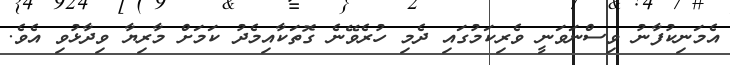
އެމަނިކުފާނު ވިސްނަވަނީ ވެރިކަމުގައި ދެމި ހުރެވޭނެ ގޮތަކާއިމެދު ކަމަށް މާރިޔާ ވިދާޅުވި އެވެ.